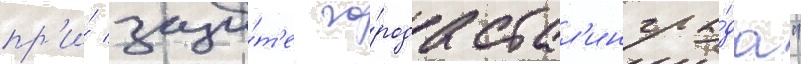
пр'и́ защи́т'е го́рода стал'ингра́да"